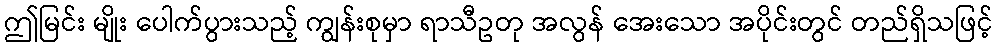
ဤမြင်း မျိုး ပေါက်ပွားသည့် ကျွန်းစုမှာ ရာသီဥတု အလွန် အေးသော အပိုင်းတွင် တည်ရှိသဖြင့်